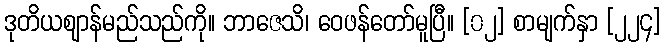
ဒုတိယဈာန်မည်သည်ကို။ ဘာဇေသိ၊ ဝေဖန်တော်မူပြီ။ [၀၂] စာမျက်နှာ [၂၂၄]